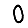
Digit: 0